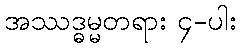
အဿဒ္ဓမ္မတရား ၄-ပါး